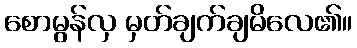
စောမွန်လှ မှတ်ချက်ချမိလေ၏။